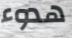
هدوء